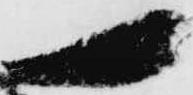
一